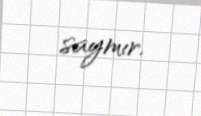
saymır.